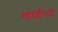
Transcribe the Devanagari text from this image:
म्हाईंभट